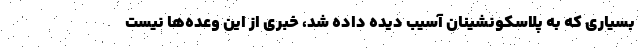
بسیاری که به پلاسکونشینان آسیب دیده داده شد، خبری از این وعده‌ها نیست